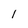
Character: l